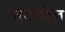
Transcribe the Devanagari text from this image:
चमकोल